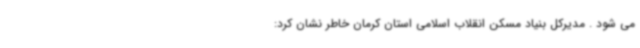
می شود . مدیرکل بنیاد مسکن انقلاب اسلامی استان کرمان خاطر نشان کرد: